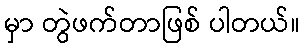
မှာ တွဲဖက်တာဖြစ် ပါတယ်။